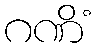
ဂဏိံ